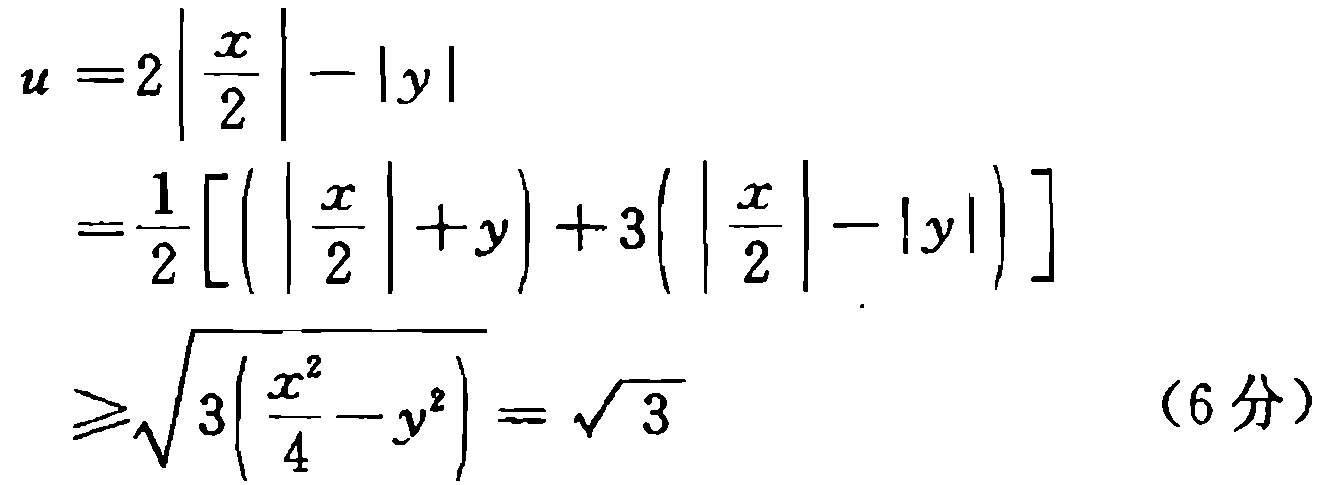
\[(3)\begin{cases}4x + 3y = 3,\\3x - 2y = 15;\end{cases}\]